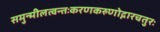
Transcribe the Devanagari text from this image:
समुन्मीलत्वन्तःकरणकरुणोद्गारचतुरः